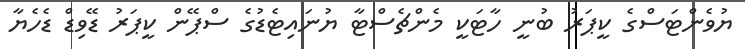
ޔުވެންޓަސްގެ ކީޕަރު ބުނީ ހާޓަކީ މެންޗެސްޓާ ޔުނައިޓެޑުގެ ސްޕޭން ކީޕަރު ޑޭވިޑް ޑެހެޔާ